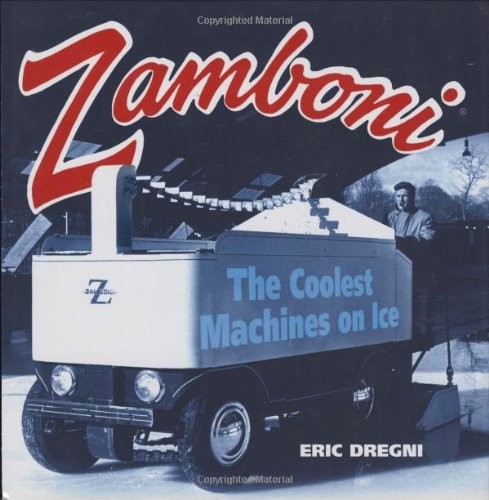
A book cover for Zamboni: The Coolest Machines on Ice; Eric Dregni; Sports & Outdoors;